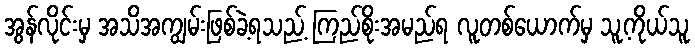
အွန်လိုင်းမှ အသိအကျွမ်းဖြစ်ခဲ့ရသည့် ကြည်စိုးအမည်ရ လူတစ်ယောက်မှ သူ့ကိုယ်သူ